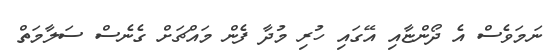
ނަމަވެސް އެ ދޯންޏާއި އޭގައި ހުރި މުދާ ފެން މައްޗަށް ގެނެސް ސަލާމަތް